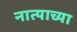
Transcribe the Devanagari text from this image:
नात्याच्या